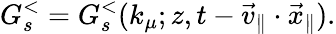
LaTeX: G_{s}^{<}=G_{s}^{<}(k_{\mu};z,t-\vec{v}_{\| }\cdot\vec{x}_{\| }).